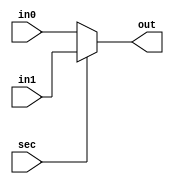
// MUX_2_1

module MUX_2_1 (	in0,
			 		in1,
			 		sec,
			 		out);
	
	parameter bit_size = 18;

	input	[bit_size-1:0]	in0, in1;
	input 					sec;
	output	[bit_size-1:0]	out;
	reg	[bit_size-1:0]	out;

	always@(*) 
		out = sec ? in1 : in0;

endmodule